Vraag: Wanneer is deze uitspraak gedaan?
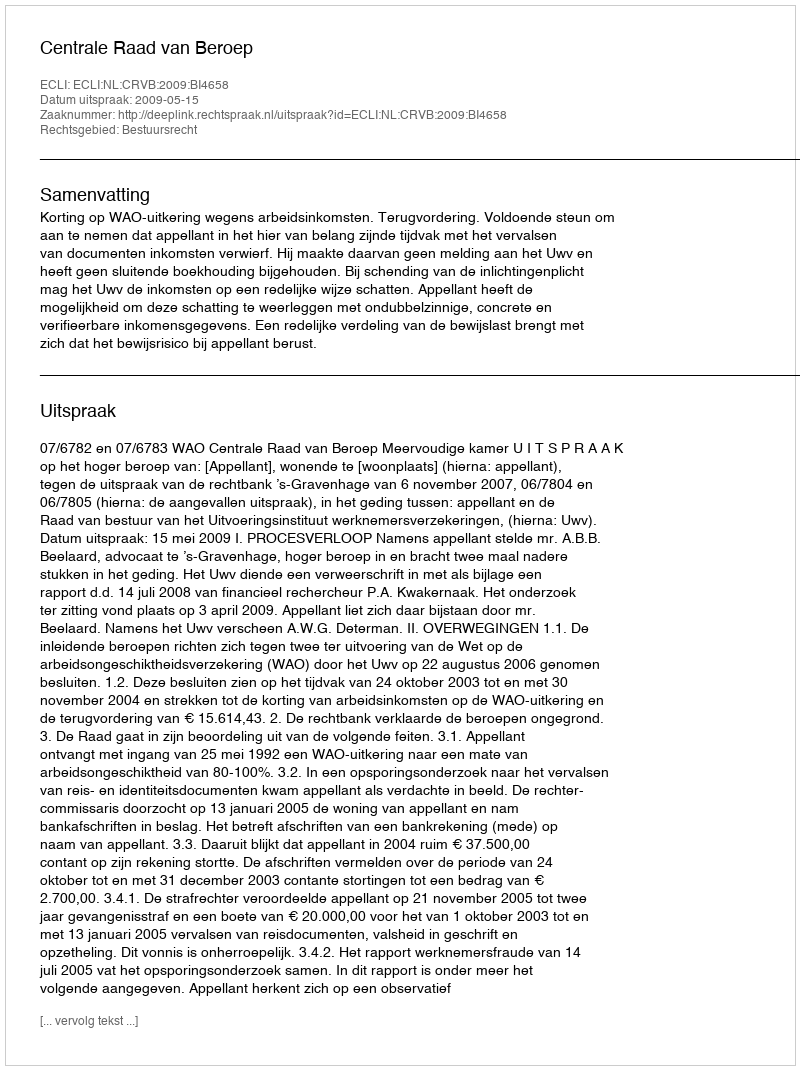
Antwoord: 2009-05-15